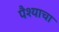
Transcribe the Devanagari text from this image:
पैश्याचा